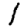
Digit: 1